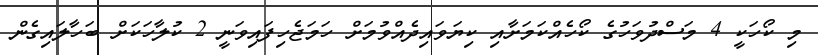
މި ކޯހަކީ 4 މަސްދުވަހުގެ ކޯހެއްކަމަށާއި ކިޔަވައިދެއްވުމަށް ހަމަޖެހިފައިވަނީ 2 ކުލާހަކަށް ބަހާލައިގެން